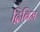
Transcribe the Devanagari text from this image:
द्विबिम